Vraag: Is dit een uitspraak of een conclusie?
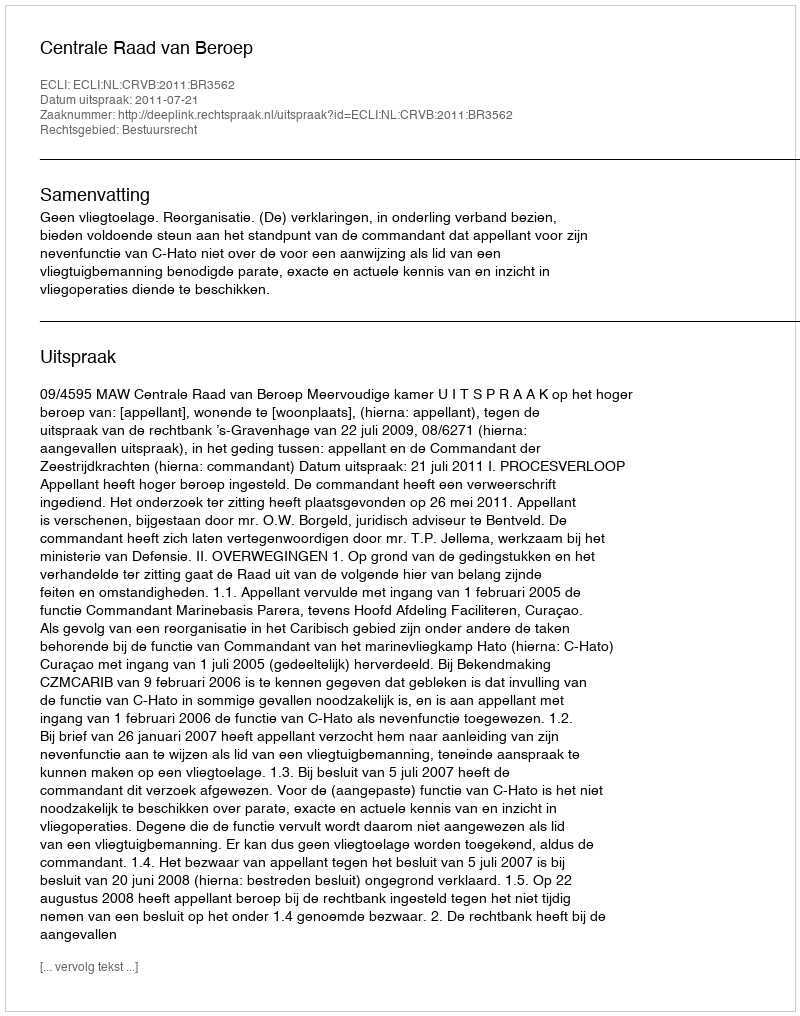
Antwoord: Uitspraak